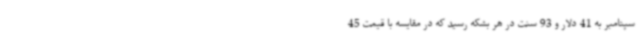
سپتامبر به 41 دلار و 93 سنت در هر بشکه رسید که در مقایسه با قیمت 45